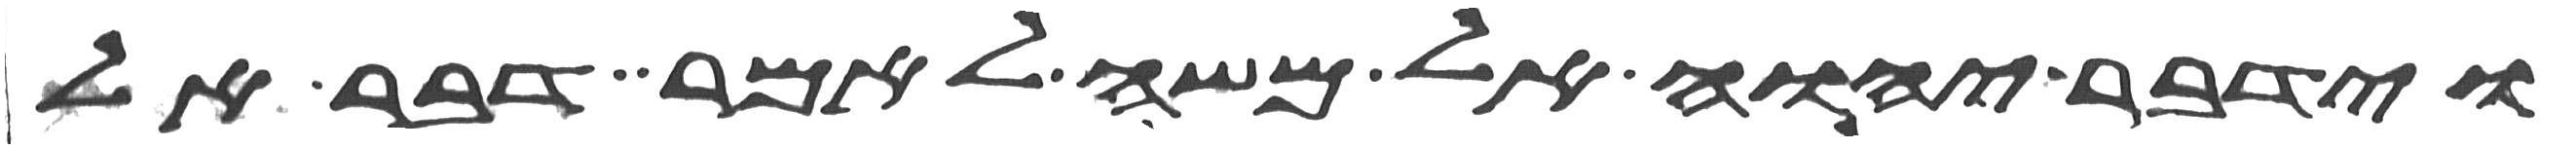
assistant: וידבר יהוה אל משה לאמר דבר אל